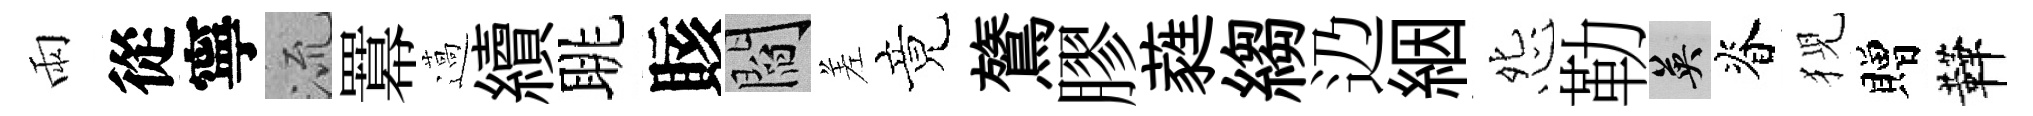
雨從寧𣴑羃薖續眺賅閻差竟鷟膠蕤縐辸絪怨勒英脊猊贈鞾